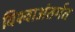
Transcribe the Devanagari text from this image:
विश्वाअंतर्गत